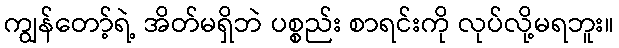
ကျွန်တော့်ရဲ့ အိတ်မရှိဘဲ ပစ္စည်း စာရင်းကို လုပ်လို့မရဘူး။